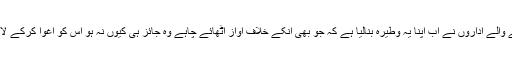
آج حکمرانوں اور قانون نافذ کرنے والے اداروں نے اب اپنا یہ وطیرہ بنالیا ہے کہ جو بھی انکے خلاف آواز اٹھائے چاہے وہ جائز ہی کیوں نہ ہو اس کو اغوا کرکے لاپتہ کردو اور تشدد کرکے مار دو۔